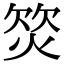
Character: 𣣛